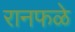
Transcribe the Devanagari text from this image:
रानफळे